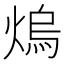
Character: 熓